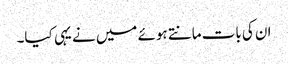
ان کی بات مانتے ہوئے میں نے یہی کیا۔